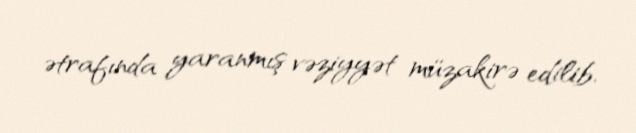
ətrafında yaranmış vəziyyət müzakirə edilib.